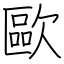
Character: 歐